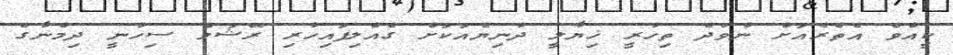
ކީއްވެ އެތެރެއަށް ނުވަދެ ތިހުރީ ޚިޔާލީ ދުނިޔެއަކަށް ގެއްލިފައިހުރި ރޭޝަމް ސިހުނީ ދިމްނާގެ